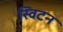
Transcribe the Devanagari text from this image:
स्विटन